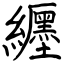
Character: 纒